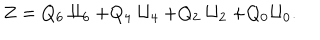
LaTeX: Z = Q _ { 6 } \amalg _ { 6 } + Q _ { 4 } \amalg _ { 4 } + Q _ { 2 } \amalg _ { 2 } + Q _ { 0 } \amalg _ { 0 } .